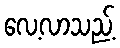
လေ့လာသည့်